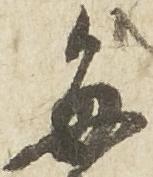
毎